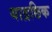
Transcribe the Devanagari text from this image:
याद्रछिक